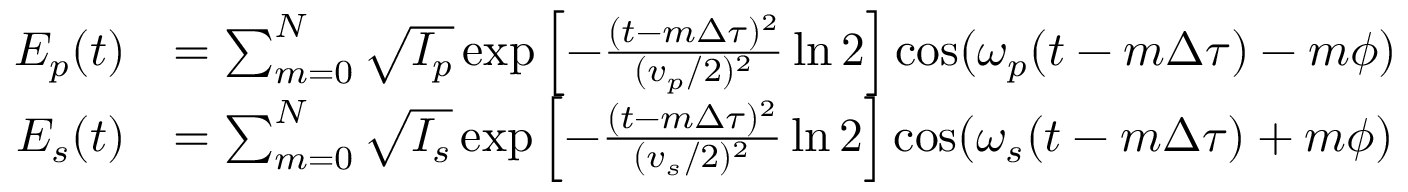
\begin{array} { r l } { E _ { p } ( t ) } & { = \sum _ { m = 0 } ^ { N } { \sqrt { I _ { p } } \exp \left[ - \frac { ( t - m \Delta \tau ) ^ { 2 } } { ( v _ { p } / 2 ) ^ { 2 } } \ln 2 \right] \cos ( \omega _ { p } ( t - m \Delta \tau ) - m \phi ) } } \\ { E _ { s } ( t ) } & { = \sum _ { m = 0 } ^ { N } { \sqrt { I _ { s } } \exp \left[ - \frac { ( t - m \Delta \tau ) ^ { 2 } } { ( v _ { s } / 2 ) ^ { 2 } } \ln 2 \right] \cos ( \omega _ { s } ( t - m \Delta \tau ) + m \phi ) } } \end{array}